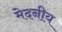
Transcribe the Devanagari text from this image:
मेदनीय